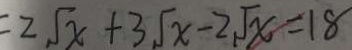
= 2 \sqrt { x } + 3 \sqrt { x } - 2 \sqrt { x } = 1 8